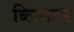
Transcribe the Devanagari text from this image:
ब्लिसटर